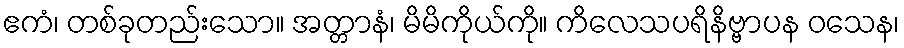
ဧကံ၊ တစ်ခုတည်းသော။ အတ္တာနံ၊ မိမိကိုယ်ကို။ ကိလေသပရိနိဗ္ဗာပန ဝသေန၊